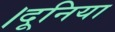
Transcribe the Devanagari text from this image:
।दूनिया